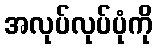
အလုပ်လုပ်ပုံကို